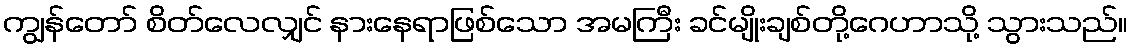
ကျွန်တော် စိတ်လေလျှင် နားနေရာဖြစ်သော အမကြီး ခင်မျိုးချစ်တို့ဂေဟာသို့ သွားသည်။